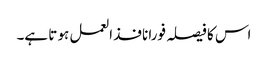
اس کا فیصلہ فورا نافذ العمل ہو تا ہے۔